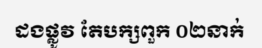
ដងផ្លូវ តែបក្សពួក ០២នាក់